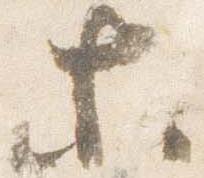
等